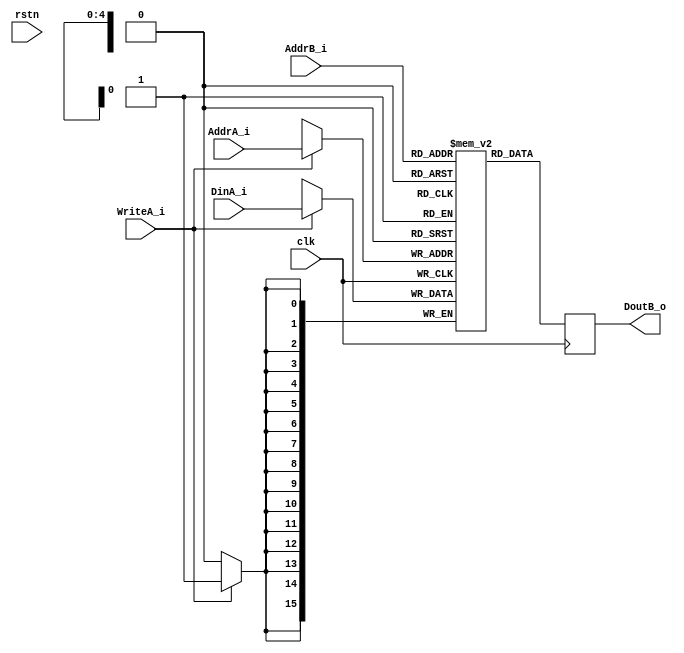
module  SRAM #(
    parameter                       AddrWidth = 5,
    parameter                       DataWidth = 16
)   (
    input   wire                    clk,
    input   wire                    rstn,

    input   wire    [AddrWidth-1:0] AddrA_i,
    input   wire    [DataWidth-1:0] DinA_i,
    input   wire                    WriteA_i,

    input   wire    [AddrWidth-1:0] AddrB_i,
    output  reg     [DataWidth-1:0] DoutB_o
);

(* ram_style="block" *)reg     [DataWidth-1:0] Mem [2**AddrWidth-1:0];

always@(posedge clk) begin
    if(WriteA_i)
        Mem[AddrA_i]    <=   DinA_i;
    DoutB_o         <=   Mem[AddrB_i];
end

endmodule